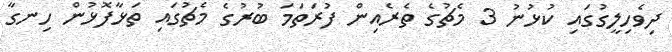
ދިވެހިލީގުގައި ކުޅުނު 3 މެޗުގެ ތެރެއިން ފުރަތަމަ ބުރުގެ މެޗުގައި ތަޅާފޮޅުން ހިނގާ